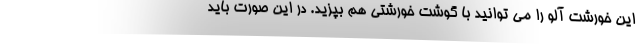
این خورشت آلو را می توانید با گوشت خورشتی هم بپزید. در این صورت باید